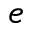
e